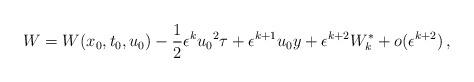
LaTeX: \begin{align*}W=W(x_0,t_0,u_0) - \frac{1}{2}\epsilon^k {u_0}^2 {\tau}+\epsilon^{k+1} u_0 {{y}} + \epsilon^{k+2} W_k^* + o(\epsilon^{k+2}) \, ,\end{align*}